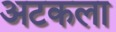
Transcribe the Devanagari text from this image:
अटकला